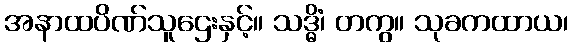
အနာထပိဏ်သူဌေးနှင့်။ သဒ္ဓိံ၊ တကွ။ သုခကထာယ၊